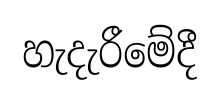
හැදැරීමේදී